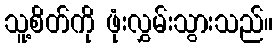
သူ့စိတ်ကို ဖုံးလွှမ်းသွားသည်။